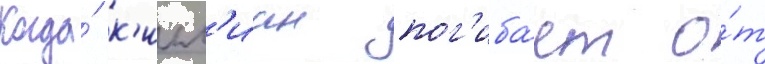
Когда́ к'илл'иан пог'иба́ет о́т